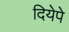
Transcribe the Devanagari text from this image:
दियेपे